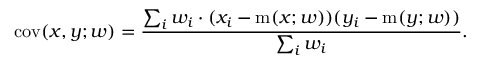
\operatorname { c o v } ( x , y ; w ) = { \frac { \sum _ { i } w _ { i } \cdot ( x _ { i } - \operatorname { m } ( x ; w ) ) ( y _ { i } - \operatorname { m } ( y ; w ) ) } { \sum _ { i } w _ { i } } } .